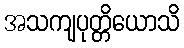
အသကျပုတ္တိယောသိ